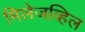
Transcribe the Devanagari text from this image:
मिलेजव्हिल